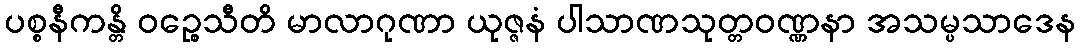
ပစ္စနီကန္တိ ဝဉ္စေသီတိ မာလာဂုဏာ ယုဇ္ဇနံ ပါသာဏသုတ္တဝဏ္ဏနာ အသမ္ပသာဒေန